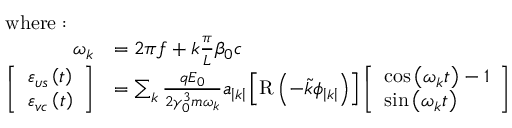
\begin{array} { r l } { \mathrm { w h e r e : ~ } ~ ~ ~ } & { } \\ { \omega _ { k } } & { = 2 \pi f + k \frac { \pi } { L } \beta _ { 0 } c } \\ { \left[ \begin{array} { l } { \varepsilon _ { \upsilon s } \left( t \right) } \\ { \varepsilon _ { v c } \left( t \right) } \end{array} \right] } & { = \sum _ { k } \frac { q E _ { 0 } } { 2 \gamma _ { 0 } ^ { 3 } m \omega _ { k } } a _ { \left| k \right| } \left[ \mathrm { R } \left( - \tilde { k } \phi _ { \left| k \right| } \right) \right] \left[ \begin{array} { l } { \cos \left( \omega _ { k } t \right) - 1 } \\ { \sin \left( \omega _ { k } t \right) } \end{array} \right] } \end{array}